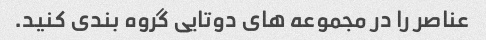
عناصر را در مجموعه های دوتایی گروه بندی کنید.